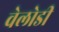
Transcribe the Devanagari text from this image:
वेलोडी